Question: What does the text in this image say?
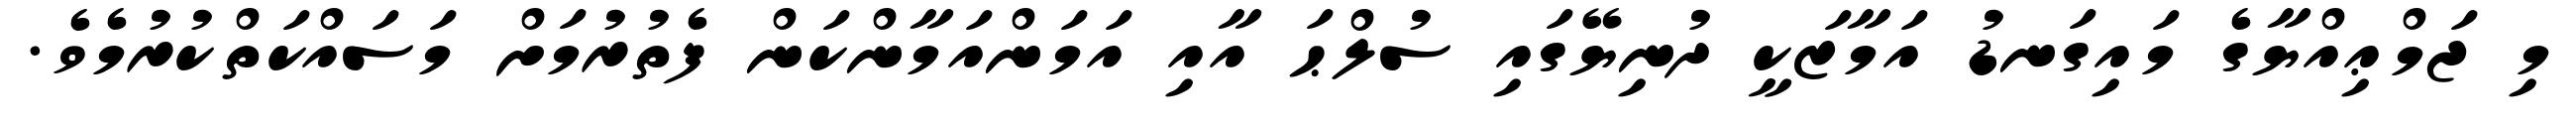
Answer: މި ޖަމްޢިއްޔާގެ މައިގަނޑު އަމާޒަކީ ދުނިޔޭގައި ސުލްޙަ އާއި އަމަންއަމާންކަން ފެތުރުމަށް މަސައްކަތްކުރުމެވެ.